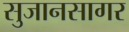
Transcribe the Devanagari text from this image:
सुजानसागर